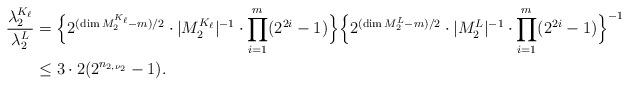
LaTeX: \begin{align*} \frac{\lambda_2^{K_{\ell}}}{\lambda_2^L}&=\Bigl\{2^{(\dim M_2^{K_{\ell}}-m)/2}\cdot|M_2^{K_{\ell}}|^{-1}\cdot\prod_{i=1}^{m}(2^{2i}-1)\Bigr\}\Bigl\{2^{(\dim M_2^L-m)/2}\cdot|M_2^L|^{-1}\cdot\prod_{i=1}^{m}(2^{2i}-1)\Bigr\}^{-1}\\ &\leq 3\cdot 2(2^{n_{2,\nu_2}}-1).\end{align*}